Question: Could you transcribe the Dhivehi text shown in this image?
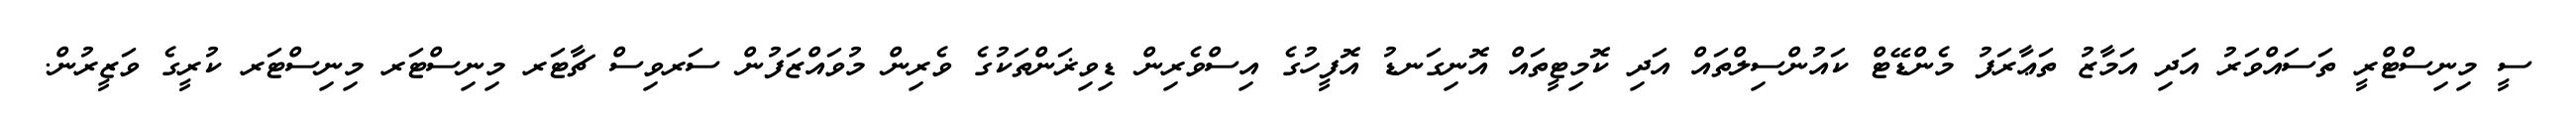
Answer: ސީ މިނިސްޓްރީ ތަސައްވަރު އަދި އަމާޒު ތަޢާރަފު މެންޑޭޓް ކައުންސިލްތައް އަދި ކޮމިޓީތައް އޮނިގަނޑު އޮފީހުގެ އިސްވެރިން ޑިވިޜަންތަކުގެ ވެރިން މުވައްޒަފުން ސަރވިސް ޗާޓަރ މިނިސްޓަރ މިނިސްޓަރ ކުރީގެ ވަޒީރުން.